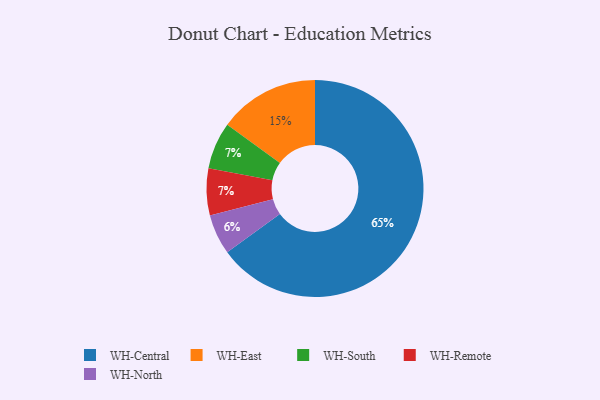
{"axis": {"x": "Category", "y": "Percentage"}, "legend": ["WH-Central", "WH-East", "WH-North", "WH-Remote", "WH-South"], "data": [{"x": "WH-East", "y": 15, "type": "WH-East"}, {"x": "WH-South", "y": 7, "type": "WH-South"}, {"x": "WH-Remote", "y": 7, "type": "WH-Remote"}, {"x": "WH-Central", "y": 65, "type": "WH-Central"}, {"x": "WH-North", "y": 6, "type": "WH-North"}]}